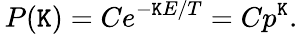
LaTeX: \, P(\mathtt{K})=Ce^{-\mathtt{K}E/T}=Cp^{\mathtt{K}}.